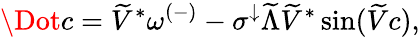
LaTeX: \Dot{c}=\widetilde{V}^{*}\omega^{(-)}-\sigma^{\downarrow}\widetilde{\Lambda}\widetilde{V}^{*}\sin(\widetilde{V}c),